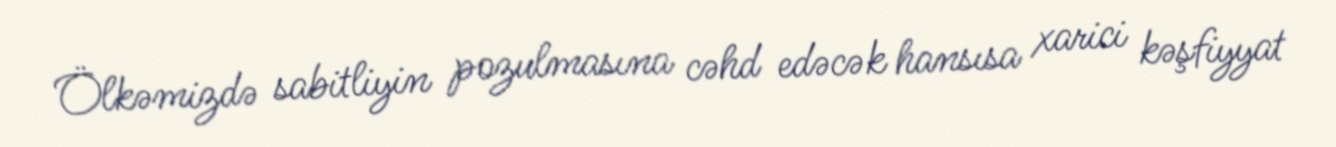
Ölkəmizdə sabitliyin pozulmasına cəhd edəcək hansısa xarici kəşfiyyat